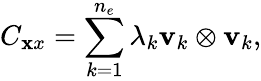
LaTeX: C_{\mathbf xx}=\sum_{k=1}^{n_{e}}\lambda_{k}{\mathbf v}_{k}\otimes{\mathbf v}_{k},